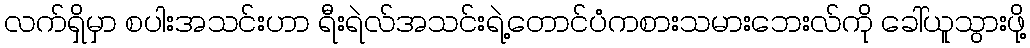
လက်ရှိမှာ စပါးအသင်းဟာ ရီးရဲလ်အသင်းရဲ့တောင်ပံကစားသမားဘေးလ်ကို ခေါ်ယူသွားဖို့